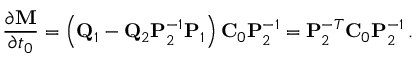
\frac { \partial { \bf M } } { \partial t _ { 0 } } = \left( { \bf Q } _ { 1 } - { \bf Q } _ { 2 } { \bf P } _ { 2 } ^ { - 1 } { \bf P } _ { 1 } \right) { \bf C } _ { 0 } { \bf P } _ { 2 } ^ { - 1 } = { \bf P } _ { 2 } ^ { - T } { \bf C } _ { 0 } { \bf P } _ { 2 } ^ { - 1 } \, .